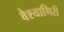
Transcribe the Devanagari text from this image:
वैश्यागिरी